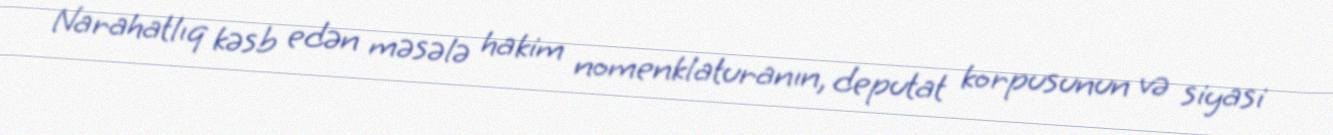
Narahatlıq kəsb edən məsələ hakim nomenklaturanın, deputat korpusunun və siyasi